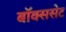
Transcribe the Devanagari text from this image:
बॉक्ससेट